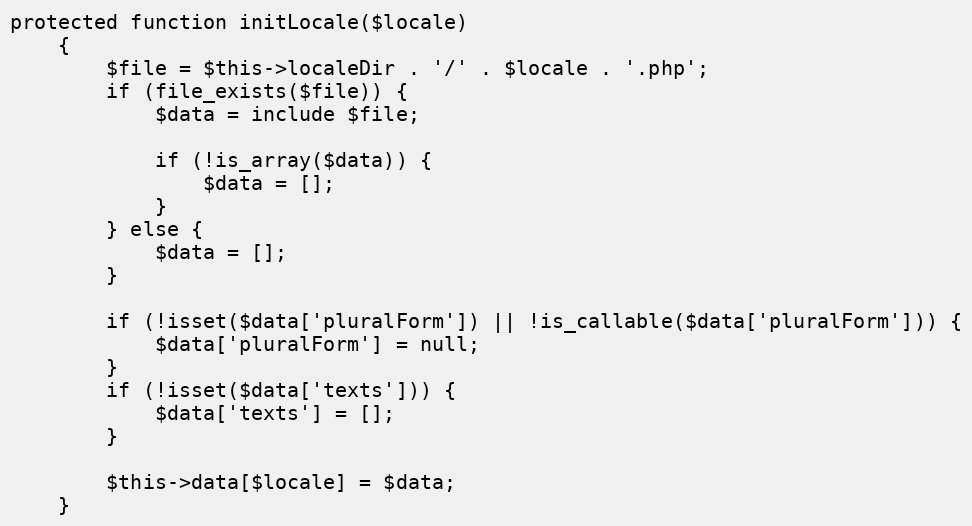
Language: PHP
protected function initLocale($locale)
    {
        $file = $this->localeDir . '/' . $locale . '.php';
        if (file_exists($file)) {
            $data = include $file;

            if (!is_array($data)) {
                $data = [];
            }
        } else {
            $data = [];
        }

        if (!isset($data['pluralForm']) || !is_callable($data['pluralForm'])) {
            $data['pluralForm'] = null;
        }
        if (!isset($data['texts'])) {
            $data['texts'] = [];
        }

        $this->data[$locale] = $data;
    }